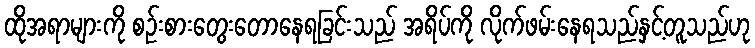
ထိုအရာများကို စဉ်းစားတွေးတောနေရခြင်းသည် အရိပ်ကို လိုက်ဖမ်းနေရသည်နှင့်တူသည်ဟု